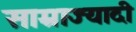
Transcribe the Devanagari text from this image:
साम्राज्यादी